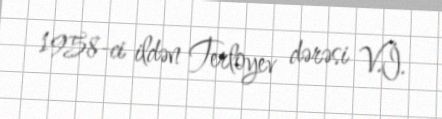
1958-ci ildən Terloyev dərəsi V.İ.